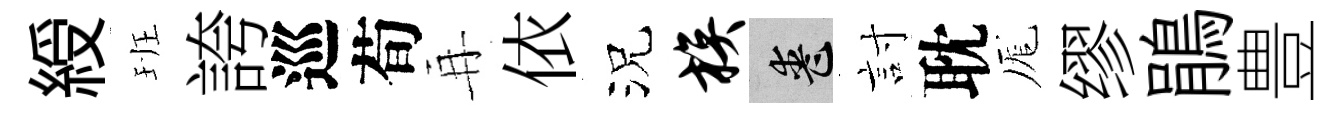
綬班誇巡荀再依況族喪討耽厖缪鵑豊